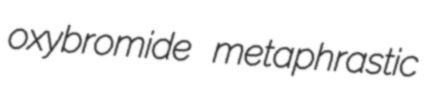
oxybromide metaphrastic